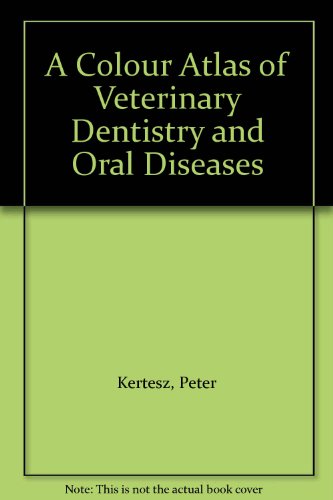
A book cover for A Colour Atlas of Veterinary Dentistry and Oral Surgery; Peter Kertesz; Medical Books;